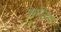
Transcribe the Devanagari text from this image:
खालिक